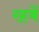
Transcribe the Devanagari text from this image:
रहबें